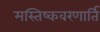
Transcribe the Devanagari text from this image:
मस्तिष्कवरणार्ति